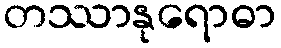
တဿာနုရောဓာ